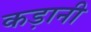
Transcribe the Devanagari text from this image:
कड़ानी